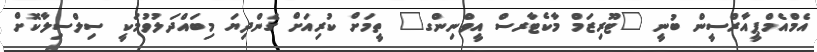
އެމްއެމްޕީއާރްސީން ބުނީ "ޓޫރިޒަމް މާކެޓާރސް އީވްނިންގ" ތީމަށް ކުރިއަށް ގެންދިޔަ މިބައްދަލުވުމަކީ ސިލްސިލާކޮށް